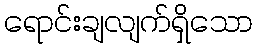
ရောင်းချလျက်ရှိသော